Proceedings of the meeting of veterinary officers in India
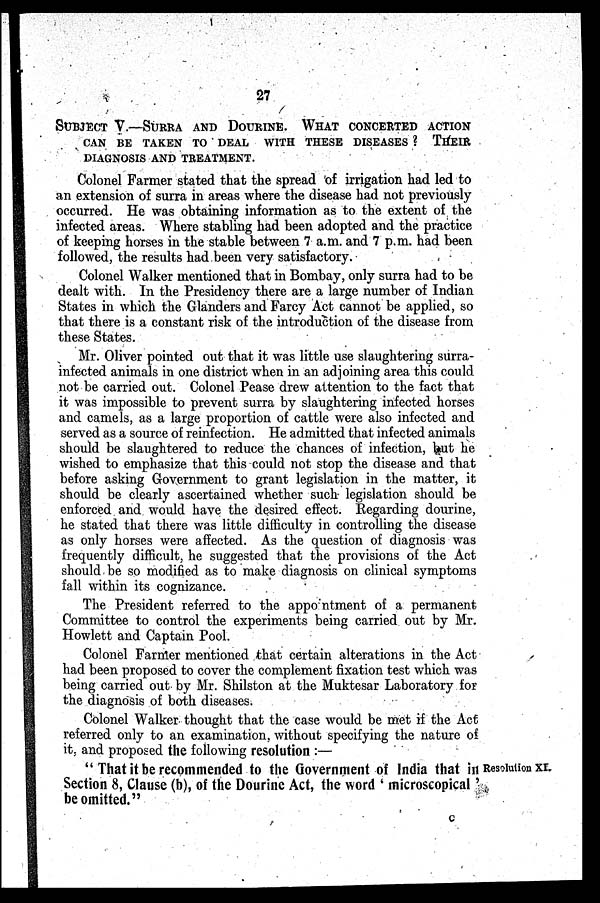
27
SUBJECT V.—SURRA AND DOURINE. WHAT CONCERTED ACTION
CAN BE TAKEN TO DEAL WITH THESE DISEASES ? THEIR
DIAGNOSIS AND TREATMENT.
Colonel Farmer stated that the spread of irrigation had led to
an extension of surra in areas where the disease had not previously-
occurred. He was obtaining information as to the extent of the
infected areas. Where stabling had been adopted and the practice
of keeping horses in the stable between 7 a.m. and 7 p.m. had been
followed, the results had been very satisfactory.
Colonel Walker mentioned that in Bombay, only surra had to be
dealt with. In the Presidency there are a large number of Indian
States in which the Glanders and Farcy Act cannot be applied, so
that there is a constant risk of the introduction of the disease from
these States.
Mr. Oliver pointed out that it was little use slaughtering surra-
infected animals in one district when in an adjoining area this could
not be carried out. Colonel Pease drew attention to the fact that
it was impossible to prevent surra by slaughtering infected horses
and camels, as a large proportion of cattle were also infected and
served as a source of reinfection. He admitted that infected animals
should be slaughtered to reduce the chances of infection, but he
wished to emphasize that this could not stop the disease and that
before asking Government to grant legislation in the matter, it
should be clearly ascertained whether such legislation should be
enforced and would have the desired effect. Regarding dourine,
he stated that there was little difficulty in controlling the disease
as only horses were affected. As the question of diagnosis was
frequently difficult, he suggested that the provisions of the Act
should be so modified as to make diagnosis on clinical symptoms
fall within its cognizance.
The President referred to the appointment of a permanent
Committee to control the experiments being carried out by Mr.
Howlett and Captain Pool.
Colonel Farmer mentioned that certain alterations in the Act
had been proposed to cover the complement fixation test which was
being carried out by Mr. Shilston at the Muktesar Laboratory for
the diagnosis of both diseases.
Colonel Walker thought that the case would be met if the Act
referred only to an examination, without specifying the nature of
it, and proposed the following resolution :—
Resolution XI.
" That it be recommended to the Government of India that in
Section 8, Clause (b), of the Dourine Act, the word ' microscopical '
be omitted."
C